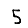
Digit: 5